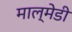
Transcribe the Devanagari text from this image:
माल्मेडी